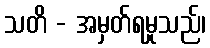
သတိ - အမှတ်ရမှုသည်၊